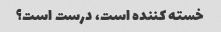
خسته کننده است، درست است؟